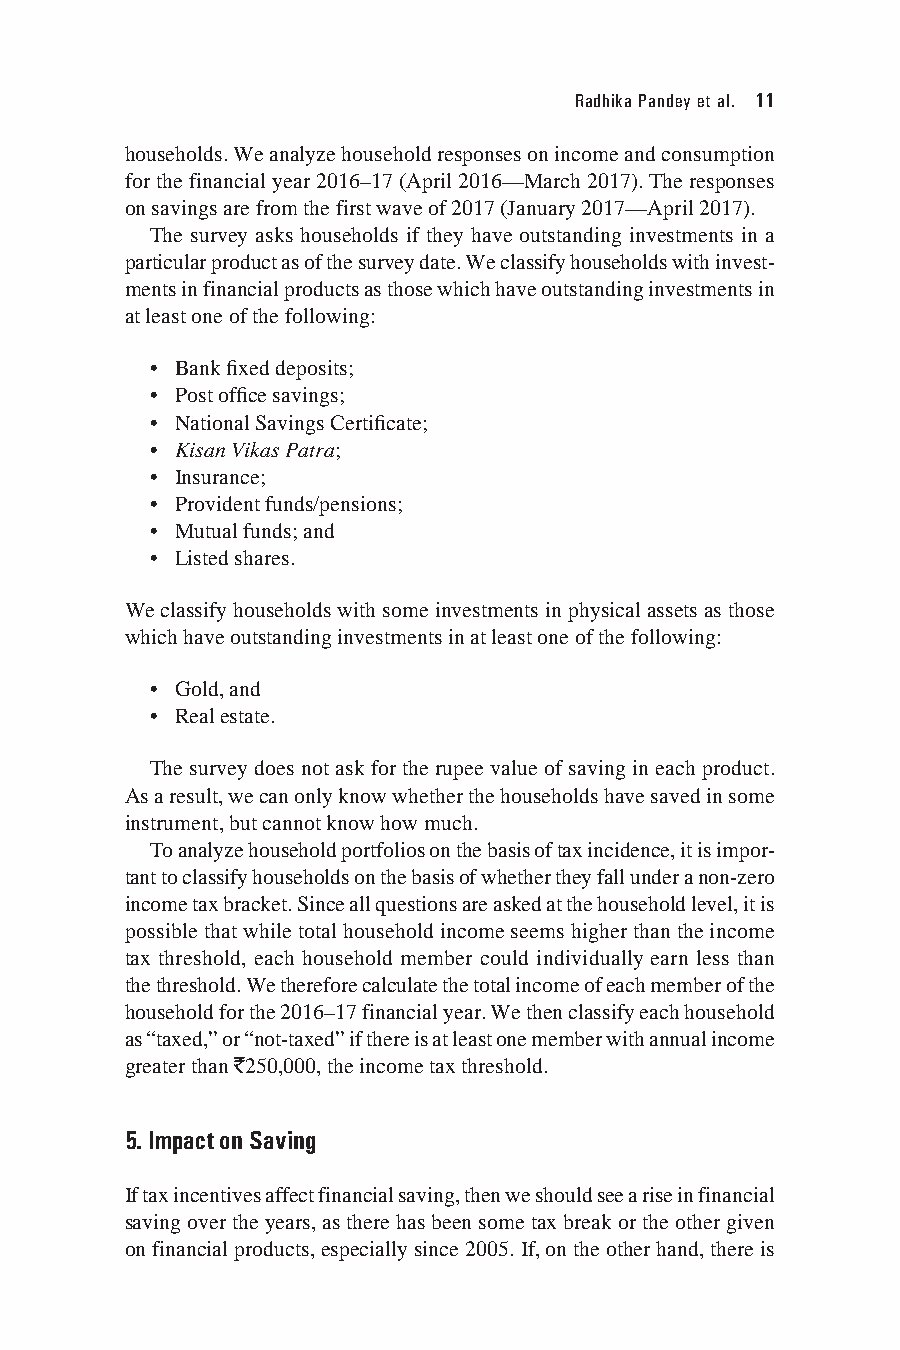
Radhika Pandey et al. 11
 households. We analyze household responses on income and consumption
 for the financial year 2016–17 (April 2016—March 2017). The responses
 on savings are from the first wave of 2017 (January 2017—April 2017).
 The survey asks households if they have outstanding investments in a
 particular product as of the survey date. We classify households with invest-
 ments in financial products as those which have outstanding investments in
 at least one of the following:
 • Bank fixed deposits;
 • Post office savings;
 • National Savings Certificate;
 • Kisan Vikas Patra;
 • Insurance;
 • Provident funds/pensions;
 • Mutual funds; and
 • Listed shares.
 We classify households with some investments in physical assets as those
 which have outstanding investments in at least one of the following:
 • Gold, and
 • Real estate.
 The survey does not ask for the rupee value of saving in each product.
 As a result, we can only know whether the households have saved in some
 instrument, but cannot know how much.
 To analyze household portfolios on the basis of tax incidence, it is impor-
 tant to classify households on the basis of whether they fall under a non-zero
 income tax bracket. Since all questions are asked at the household level, it is
 possible that while total household income seems higher than the income
 tax threshold, each household member could individually earn less than
 the threshold. We therefore calculate the total income of each member of the
 household for the 2016–17 financial year. We then classify each household
 as “taxed,” or “not-taxed” if there is at least one member with annual income
 greater than `250,000, the income tax threshold.
 5. Impact on Saving
 If tax incentives affect financial saving, then we should see a rise in financial
 saving over the years, as there has been some tax break or the other given
 on financial products, especially since 2005. If, on the other hand, there is